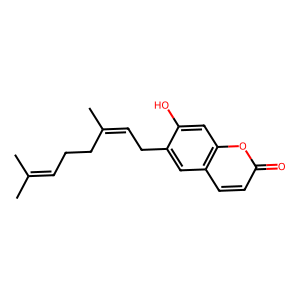
SMILES: CC(C)=CCCC(C)=CCc1cc2ccc(=O)oc2cc1O
Inhibits HIV replication: No